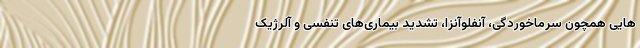
هایی همچون سرماخوردگی، آنفلوآنزا، تشدید بیماری‌های تنفسی و آلرژیک